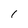
Character: I